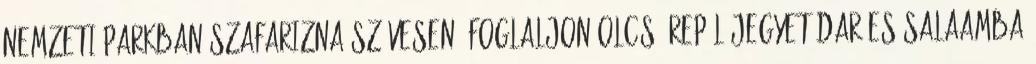
Nemzeti Parkban szafarizna szívesen? Foglaljon olcsó repülőjegyet Dar-es Salaamba